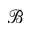
\mathscr { B }